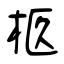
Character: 柩